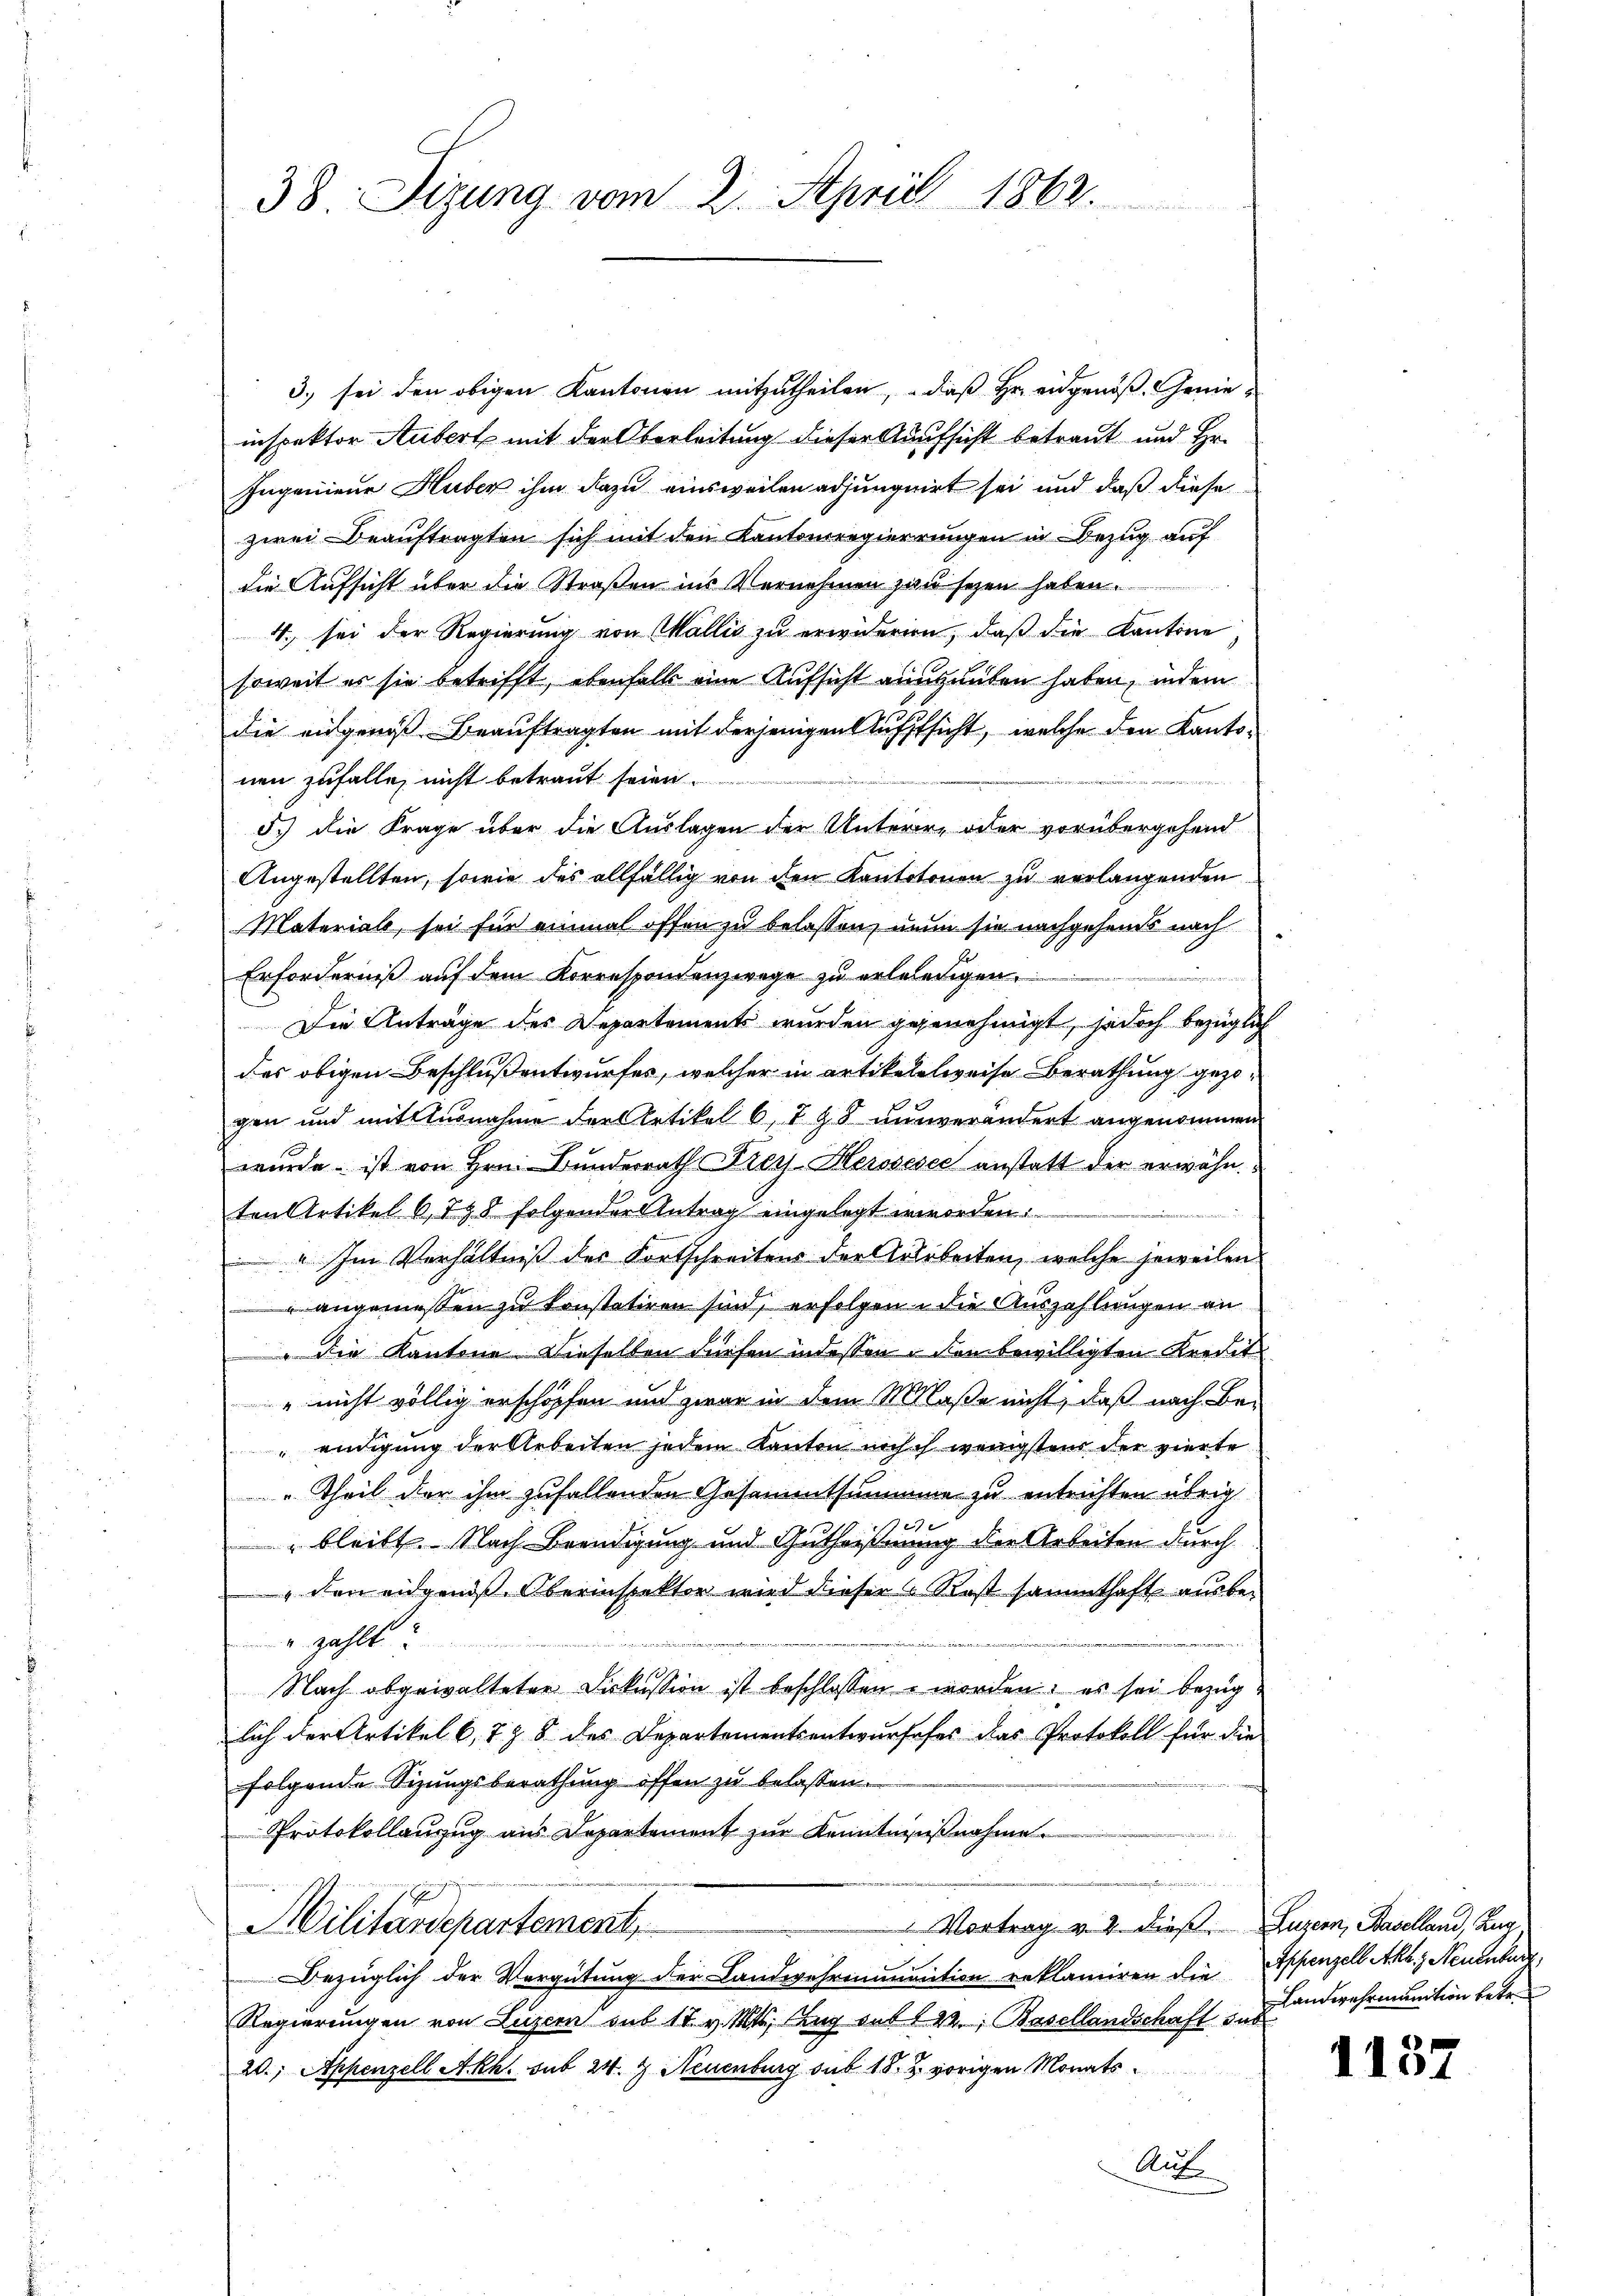
38. Sizung vom 2. April 1862.

3.) sei den obigen Kantonen mitzutheilen, daß Hr. eidgenoß. Genieinspektor Aubert mit der Oberleitung dieser Aufsicht betraut und Hr.
Ingenieur Huber ihm dazu einsweilen adjunquirt sei und daß diese
zwei Beauftragten sich mit den Kantonsregierungen in Bezug auf
die Aufsicht über die Straßen ins Vernehmen zu seyen haben.
4. sei der Regierung von Wallis zu erwideren, daß die Kantone
soweit es sie betrifft, ebenfalls eine Aufsicht ausgeüten haben, indem
die eingenoß Beauftragten mit derjenigen Aufsicht, welche den Kantonen zufalle, nicht betraut seien.
d.) die Frage über die Auslagen der Unterere oder vorübergehend
Angestellten, sowie des allfällig von den Kantotonen zu verlangenden
Materials, sei für einmal offen zu belassen, nun sie nachgehends nach
Erforderniß auf dem Korrespondenzwege zu erlebenigen.
2
Die Anträge des Departement wurden gegenehmigt, jedoch bezüglich
des obigen Beschlußentwurfes, welcher in artikelelweise Berathung gezogen und mit Ausnahme der Artikel 6, 798 nunverändert angenommen
wurde ist von Hrn. Bunderrath Frey-Herosesec anstatt der erwähnten Artikel 6, 798 folgender Antrag eingelegt worden.
 Im Verhältniß des Fortschreitens der Aarbeiten, welche jeweilen
" angemessen zu konstatiren sind, erfolgen die Auszahlungen an
Die Kantone dieselben dürfen indessen u den bewilligten Kredit
" nicht völlig erschöpfen und zwar in dem Maße nicht, daß nach Be-
endigung der Arbeiten jedem Kanton noch ich wenigstens der vierte
" Theil der ihm zufallenden Gesammtsumme zu entrichten übrig
2
 bleibt. Nach Beendigung und Guthaimung der Arbeiten durch
„den eidgenoß. Oberinspektor wird dieser Kost sammthaft ausbe¬
u zahlt?
Nach abgewalteten Diskussion ist beschlossen worden; es sei bezuglich der Artikel 6, 7 § 8 des Departementsentwurfeses das Protokoll für die
folgende Sitzungsberathung offen zu belassen.
Protokollanzug aus Departement zur Kenntnißnahme.
n
 Vortrag v. 2. dieß. Luzern, Baselland, Zug
Militärdepartement,
Bezüglich der Vergütung der Landwehrmanention reklamiren die Appenzell Akl., Neuenburg,
Regierungen von Luzern aus 17. v. Mts. Aug auf 122. Basellandschaft sub
20; Appenzell Akh. sub 24. 7. Neuenburg sub 18. u. vorigen Monats¬
Auf

Landwehrmanition betr.

1137